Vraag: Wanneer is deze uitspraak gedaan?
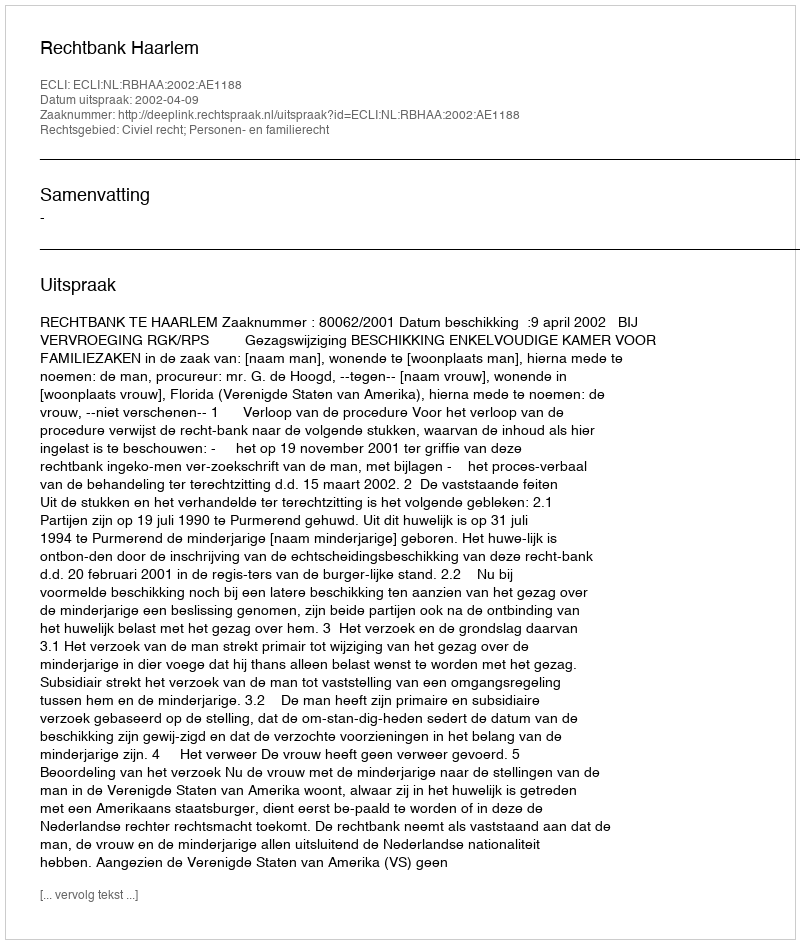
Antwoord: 2002-04-09